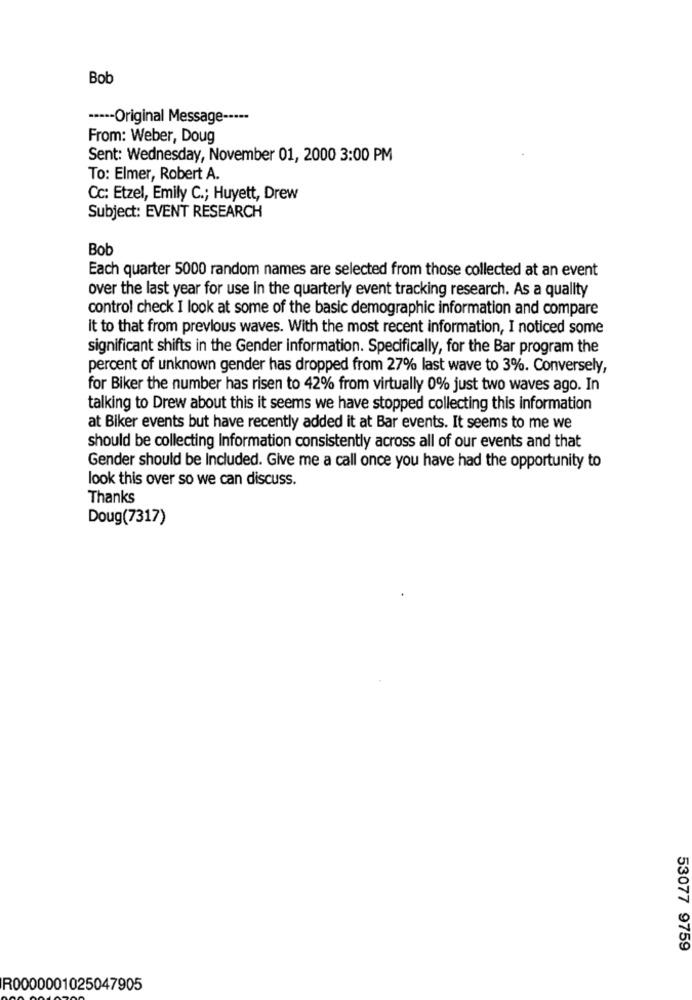
Bob
··--- Original Message -----
From: Weber, Doug
Sent: Wednesday, November 01, 2000 3:00 PM
To: Elmer, Robert A.
Cc: Etzel, Emily C .; Huyett, Drew
Subject: EVENT RESEARCH
Bob
Each quarter 5000 random names are selected from those collected at an event
over the last year for use In the quarterly event tracking research. As a quality
control check I look at some of the basic demographic information and compare
It to that from previous waves. With the most recent information, I noticed some
significant shifts in the Gender information. Specifically, for the Bar program the
percent of unknown gender has dropped from 27% last wave to 3%. Conversely,
for Biker the number has risen to 42% from virtually 0% just two waves ago. In
talking to Drew about this it seems we have stopped collecting this information
at Biker events but have recently added it at Bar events. It seems to me we
should be collecting Information consistently across all of our events and that
Gender should be Included. Give me a call once you have had the opportunity to
look this over so we can discuss.
Thanks
Doug(7317)
53077 9759
R0000001025047905